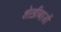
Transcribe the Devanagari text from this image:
शेख़ीबाज़ों